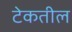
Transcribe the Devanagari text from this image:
टेकतील